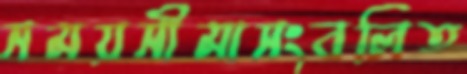
সময়সীমাসংবলিত